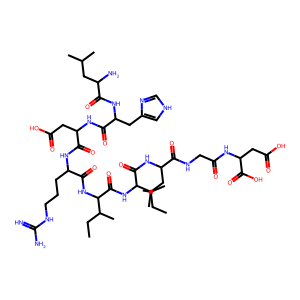
SMILES: CCC(C)C(NC(=O)C(CCCNC(=N)N)NC(=O)C(CC(=O)O)NC(=O)C(Cc1c[nH]cn1)NC(=O)C(N)CC(C)C)C(=O)NC(C(=O)NC(CC(C)C)C(=O)NCC(=O)NC(CC(=O)O)C(=O)O)C(C)CC
Inhibits HIV replication: No